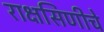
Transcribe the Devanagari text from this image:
राक्षसिणीचे